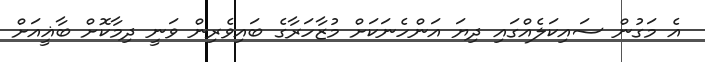
އެ މަގުން ސައިކަލެއްގައި ދިޔަ އަންހެނަކަށް މުޒާހަރާގެ ބައިވެރިން ވަނީ ދިމާކޮށް ބާޣީއަށް